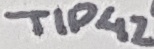
Text: TIP42